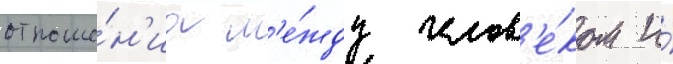
отноше́н'иа м'е́жду челов'е́ком и́